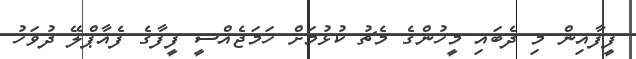
ފީފާއިން މި ދެބައި މީހުންގެ މެޗު ކުޅުމަށް ހަމަޖެއްސީ ފީފާގެ ފެއާޕްލޭ ދުވަހު